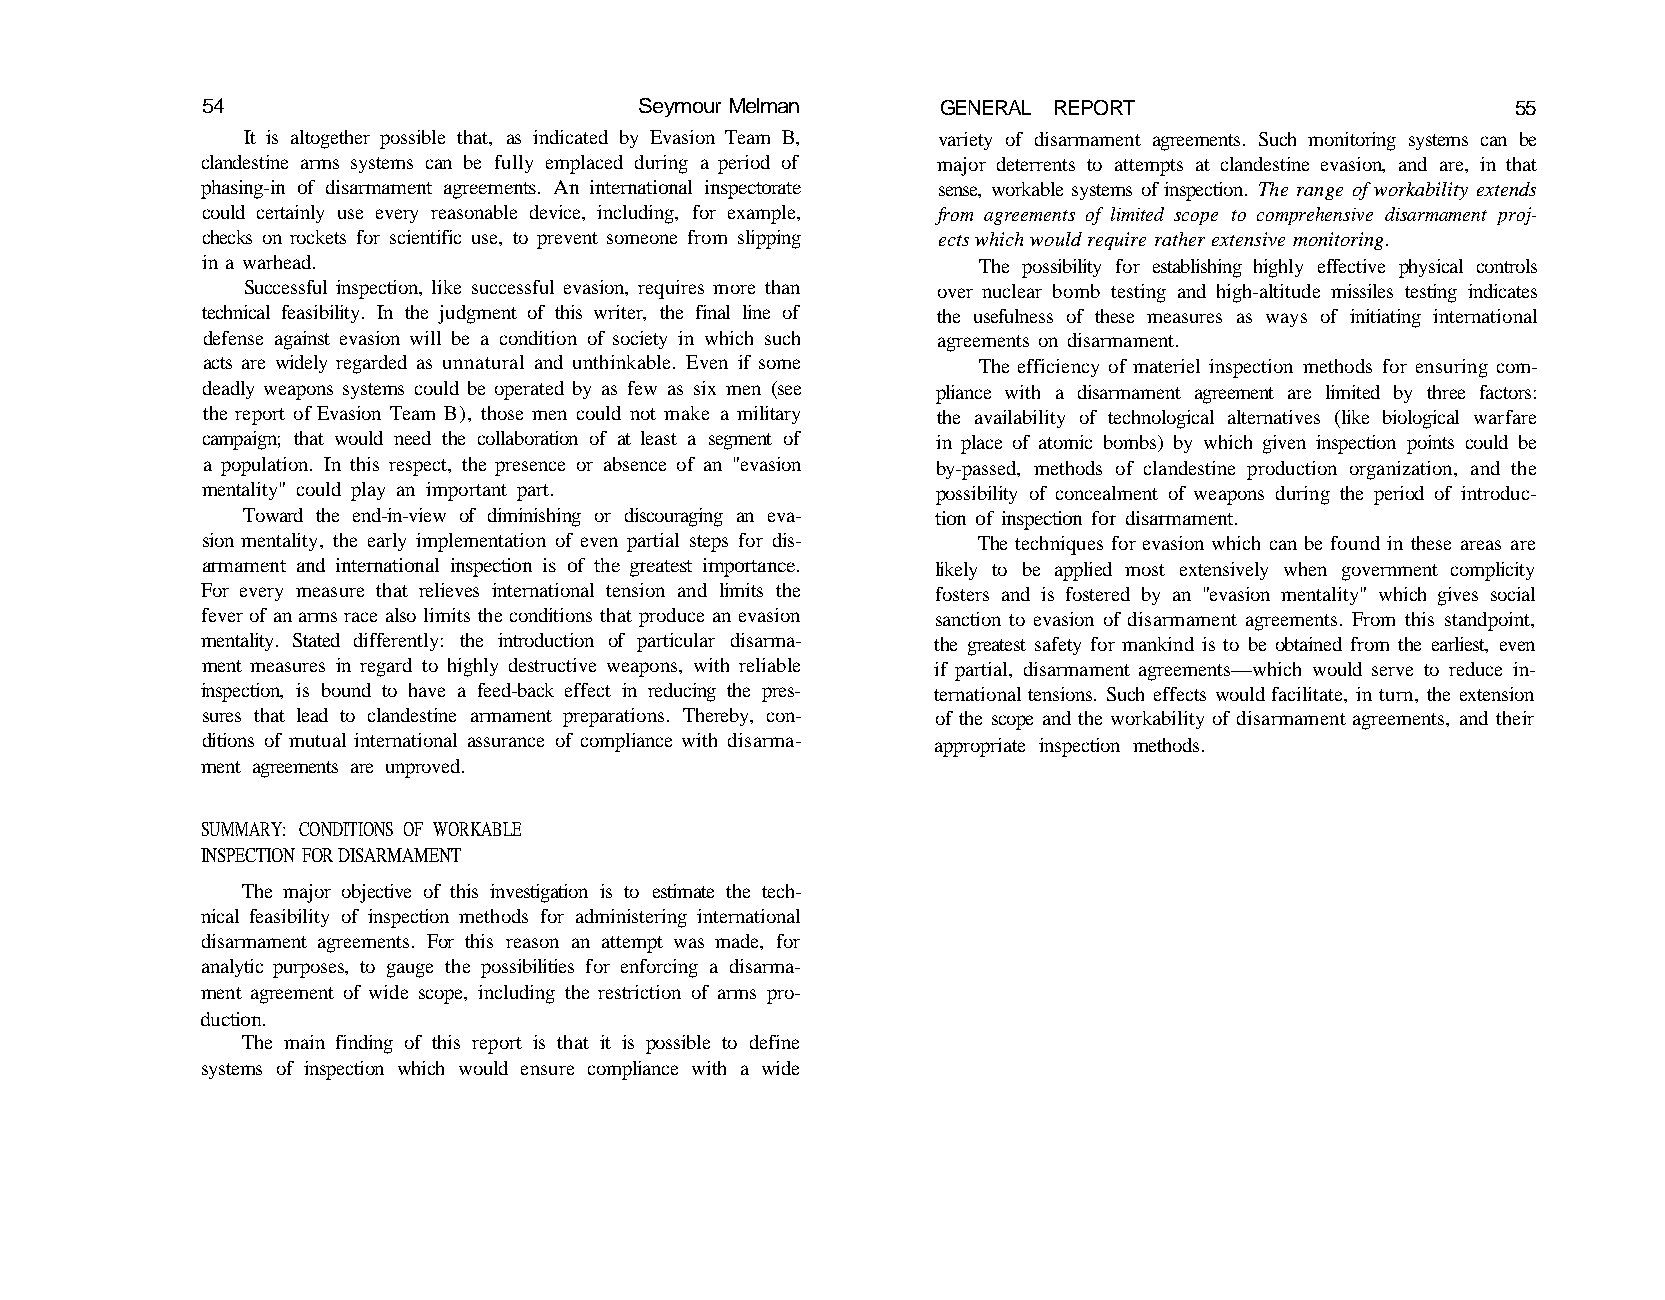
54                           Seymour Melman      GENERAL REPORT                        55
 It is altogether possible that, as indicated by Evasion Team B, variety of disarmament agreements. Such monitoring systems can be
 clandestine arms systems can be fully emplaced during a period of major deterrents to attempts at clandestine evasion, and are, in that
 phasing-in of disarmament agreements. An international inspectorate sense, workable systems of inspection. The range of workability extends
 could certainly use every reasonable device, including, for example, from agreements of limited scope to comprehensive disarmament proj-
 checks on rockets for scientific use, to prevent someone from slipping ects which would require rather extensive monitoring.
 in a warhead.                                       The possibility for establishing highly effective physical controls
 Successful inspection, like successful evasion, requires more than over nuclear bomb testing and high-altitude missiles testing indicates
 technical feasibility. In the judgment of this writer, the final line of the usefulness of these measures as ways of initiating international
 defense against evasion will be a condition of society in which such agreements on disarmament.
 acts are widely regarded as unnatural and unthinkable. Even if some The efficiency of materiel inspection methods for ensuring com-
 deadly weapons systems could be operated by as few as six men (see pliance with a disarmament agreement are limited by three factors:
 the report of Evasion Team B), those men could not make a military the availability of technological alternatives (like biological warfare
 campaign; that would need the collaboration of at least a segment of in place of atomic bombs) by which given inspection points could be
 a population. In this respect, the presence or absence of an "evasion by-passed, methods of clandestine production organization, and the
 mentality" could play an important part.         possibility of concealment of weapons during the period of introduc-
 Toward the end-in-view of diminishing or discouraging an eva- tion of inspection for disarmament.
 sion mentality, the early implementation of even partial steps for dis- The techniques for evasion which can be found in these areas are
 armament and international inspection is of the greatest importance. likely to be applied most extensively when government complicity
 For every measure that relieves international tension and limits the fosters and is fostered by an "evasion mentality" which gives social
 fever of an arms race also limits the conditions that produce an evasion sanction to evasion of disarmament agreements. From this standpoint,
 mentality. Stated differently: the introduction of particular disarma- the greatest safety for mankind is to be obtained from the earliest, even
 ment measures in regard to highly destructive weapons, with reliable if partial, disarmament agreements—which would serve to reduce in-
 inspection, is bound to have a feed-back effect in reducing the pres- ternational tensions. Such effects would facilitate, in turn, the extension
 sures that lead to clandestine armament preparations. Thereby, con- of the scope and the workability of disarmament agreements, and their
 ditions of mutual international assurance of compliance with disarma- appropriate inspection methods.
 ment agreements are unproved.
 SUMMARY: CONDITIONS OF WORKABLE
 INSPECTION FOR DISARMAMENT
 The major objective of this investigation is to estimate the tech-
 nical feasibility of inspection methods for administering international
 disarmament agreements. For this reason an attempt was made, for
 analytic purposes, to gauge the possibilities for enforcing a disarma-
 ment agreement of wide scope, including the restriction of arms pro-
 duction.
 The main finding of this report is that it is possible to define
 systems of inspection which would ensure compliance with a wide